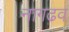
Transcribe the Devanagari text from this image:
नागढव